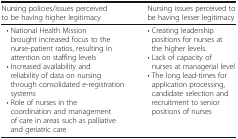
<table><thead><tr><td><b>Nursing policies/issues perceived to be having higher legitimacy</b></td><td><b>Nursing issues perceived to be having lesser legitimacy</b></td></tr></thead><tbody><tr><td> • National Health Mission brought increased focus to the nurse-patient ratios, resulting in attention on staffing levels • Increased availability and reliability of data on nursing through consolidated e-registration systems • Role of nurses in the coordination and management of care in areas such as palliative and geriatric care</td><td>• Creating leadership positions for nurses at the higher levels.• Lack of capacity of nurses at managerial level• The long lead-times for application processing, candidate selection and recruitment to senior positions of nurses</td></tr></tbody></table>